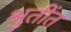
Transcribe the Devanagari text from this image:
श्रुतींत